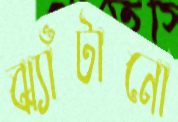
ঝ্যাঁটানো